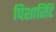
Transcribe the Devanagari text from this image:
पिशारिटि